Annual report of lunatic asylums [Bombay] - 1912-1922
Year: 1912
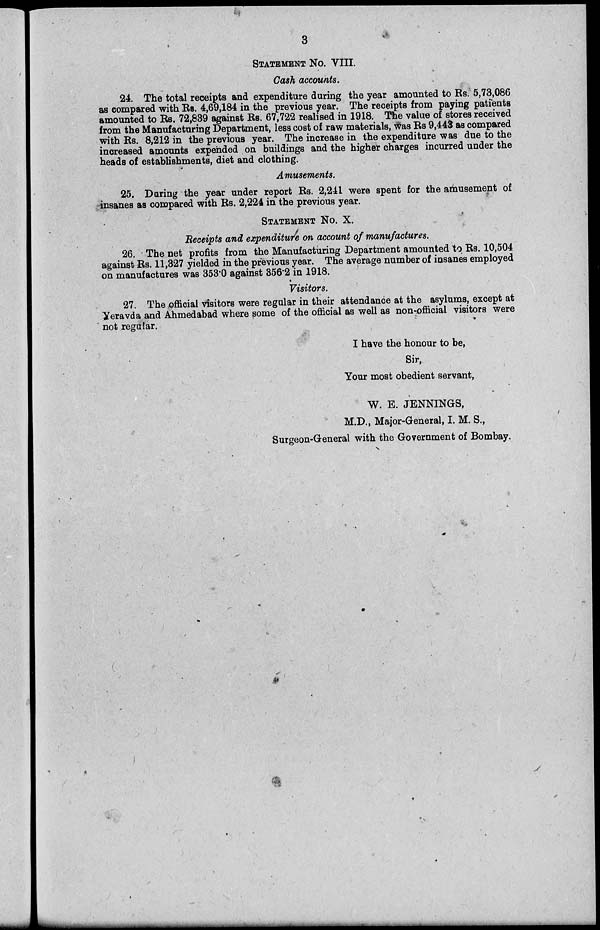
3
STATEMENT No. VIII.
Cash accounts.
24. The total receipts and expenditure during the year amounted to Rs. 5,73,086
as compared with Rs. 4,69,184 in the previous year. The receipts from paying patients
amounted to Rs. 72,839 against Rs. 67,722 realised in 1918. The value of stores received
from the Manufacturing Department, less cost of raw materials, was Rs 9,443 as compared
with Rs. 8,212 in the previous year. The increase in the expenditure was due to the
increased amounts expended on buildings and the higher charges incurred under the
heads of establishments, diet and clothing.
Amusements.
25. During the year under report Rs. 2,241 were spent for the amusement of
insanes as compared with Rs. 2,224 in the previous year.
STATEMENT No. X.
Receipts and expenditure on account of manufactures.
26. The net profits from the Manufacturing Department amounted to Rs. 10,504
against Rs. 11,327 yielded in the previous year. The average number of insanes employed
on manufactures was 353.0 against 356.2 in 1918.
Visitors.
27. The official visitors were regular in their attendance at the asylums, except at
Yeravda and Ahmedabad where some of the official as well as non-official visitors were
not regular.
I have the honour to be,
Sir,
Your most obedient servant,
W. E. JENNINGS,
M.D., Major-General, I. M. S.,
Surgeon-General with the Government of Bombay.